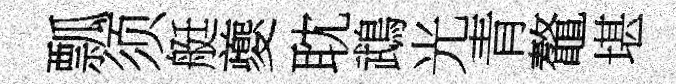
瓢须艇夔耽鵡光青鼇堪